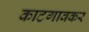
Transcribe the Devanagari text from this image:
काटगावकर